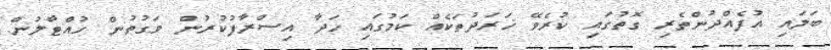
ބަލައި އުފެއްދުންތެރި ގޮތުގައި ކުރެވޭ ޚަރަދުތަކެއް ކަމުގައި ހަދާ އިސްރާފުކުރުން ވަގުތުން ހުއްޓާލުން.